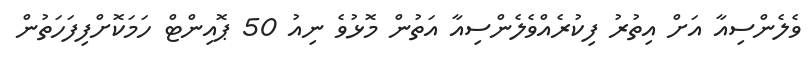
ވެލެންސިއާ އަށް އިތުރު ފިކުރެއްވެލެންސިއާ އަތުން މޮޅުވެ ނިއު 50 ޕޮއިންޓް ހަމަކޮށްފިފަހަތުން